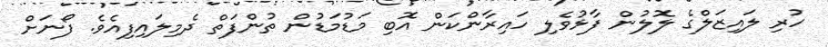
ހުރި ލައިޒަލްގެ ލޮލުން ފާޅުވެލި ހައިރާންކަން އޮބި މަޑުމަޑުން ތުންފަތް ދެމިލައިފިއެވެ. ފޯނަށް